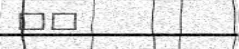
٤٧